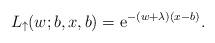
LaTeX: \begin{align*}L_{\uparrow}(w;b,x,b) = \mathrm{e}^{-(w+\lambda) (x-b)}.\end{align*}